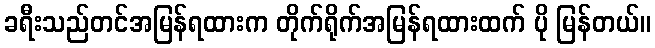
ခရီးသည်တင်အမြန်ရထားက တိုက်ရိုက်အမြန်ရထားထက် ပို မြန်တယ်။